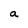
Character: a